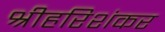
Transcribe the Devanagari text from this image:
श्रीहरिशंकर